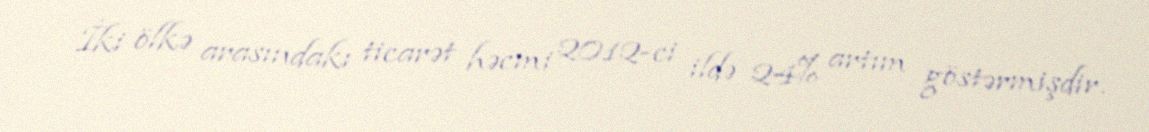
İki ölkə arasındakı ticarət həcmi 2012-ci ildə 24% artım göstərmişdir.